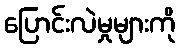
ပြောင်းလဲမှုများကို